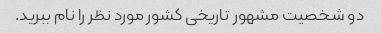
دو شخصیت مشهور تاریخی کشور مورد نظر را نام ببرید.